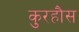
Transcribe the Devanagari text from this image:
कुरहौस